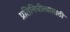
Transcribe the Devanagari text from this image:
प्रतिनिधीत्वासाठी